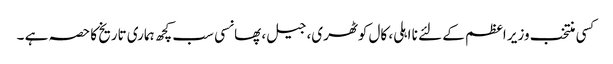
کسی منتخب وزیر اعظم کے لئے نا اہلی، کال کوٹھری، جیل، پھانسی سب کچھ ہماری تاریخ کا حصہ ہے ۔